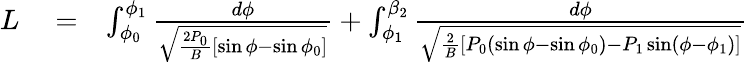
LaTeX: \begin{array}{rlr}{L}&{{}=}&{\int_{\phi_{0}}^{\phi_{1}}\frac{d\phi}{\sqrt{\frac{2P_{0}}{B}[\sin\phi-\sin\phi_{0}]}}+\int_{\phi_{1}}^{\beta_{2}}\frac{d\phi}{\sqrt{\frac{2}{B}[P_{0}(\sin\phi-\sin\phi_{0})-P_{1}\sin(\phi-\phi_{1})]}}}\end{array}